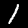
Digit: 1